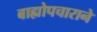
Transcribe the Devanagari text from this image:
बाह्योपचाराने